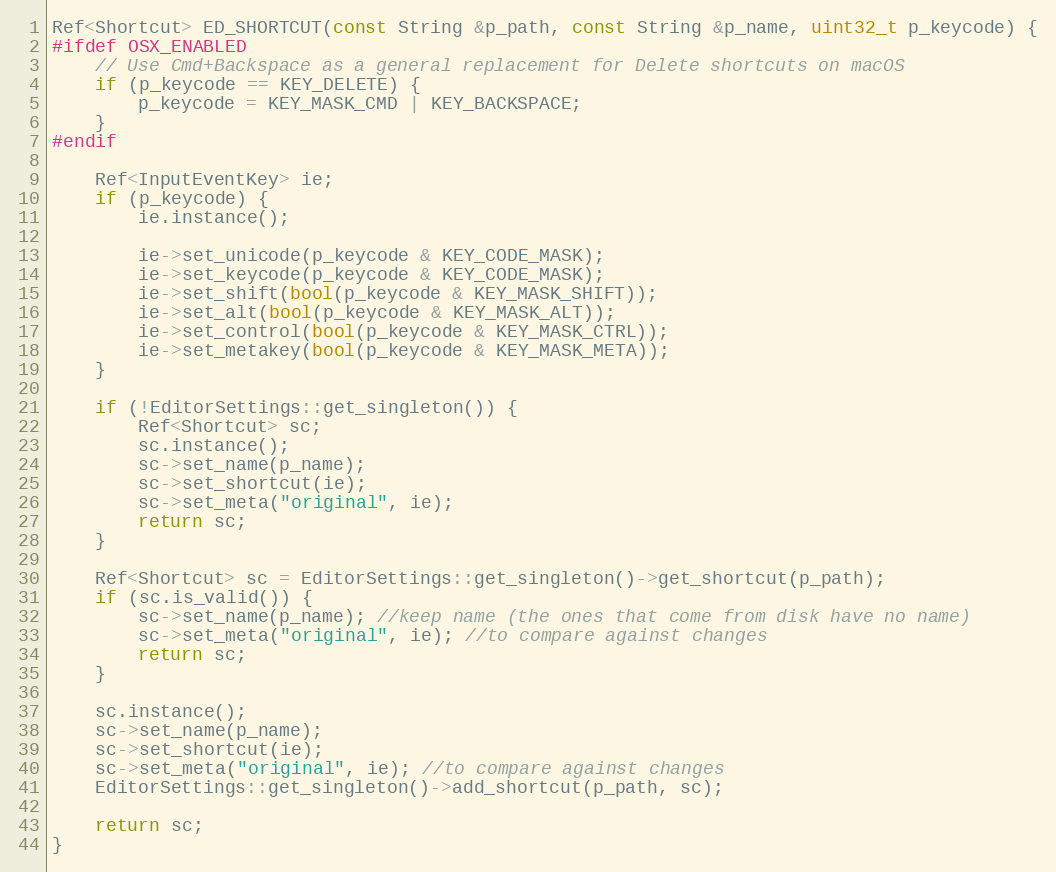
Language: C++
Ref<Shortcut> ED_SHORTCUT(const String &p_path, const String &p_name, uint32_t p_keycode) {
#ifdef OSX_ENABLED
	// Use Cmd+Backspace as a general replacement for Delete shortcuts on macOS
	if (p_keycode == KEY_DELETE) {
		p_keycode = KEY_MASK_CMD | KEY_BACKSPACE;
	}
#endif

	Ref<InputEventKey> ie;
	if (p_keycode) {
		ie.instance();

		ie->set_unicode(p_keycode & KEY_CODE_MASK);
		ie->set_keycode(p_keycode & KEY_CODE_MASK);
		ie->set_shift(bool(p_keycode & KEY_MASK_SHIFT));
		ie->set_alt(bool(p_keycode & KEY_MASK_ALT));
		ie->set_control(bool(p_keycode & KEY_MASK_CTRL));
		ie->set_metakey(bool(p_keycode & KEY_MASK_META));
	}

	if (!EditorSettings::get_singleton()) {
		Ref<Shortcut> sc;
		sc.instance();
		sc->set_name(p_name);
		sc->set_shortcut(ie);
		sc->set_meta("original", ie);
		return sc;
	}

	Ref<Shortcut> sc = EditorSettings::get_singleton()->get_shortcut(p_path);
	if (sc.is_valid()) {
		sc->set_name(p_name); //keep name (the ones that come from disk have no name)
		sc->set_meta("original", ie); //to compare against changes
		return sc;
	}

	sc.instance();
	sc->set_name(p_name);
	sc->set_shortcut(ie);
	sc->set_meta("original", ie); //to compare against changes
	EditorSettings::get_singleton()->add_shortcut(p_path, sc);

	return sc;
}